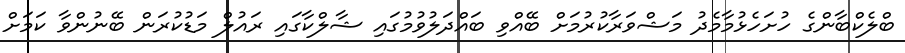
ބްލެކްބާންގެ ހުށަހެޅުމާމެދު މަޝްވަރާކުރުމަށް ބޭއްވި ބައްދަލުވުމުގައި ޝާލްކާގައި ރައުލް މަޑުކުރަން ބޭނުންވާ ކަމަށް